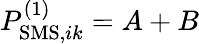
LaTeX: P_{\mathrm{SMS},ik}^{(1)}=A+B